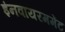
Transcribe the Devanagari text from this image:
इंनवायरममेंट